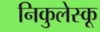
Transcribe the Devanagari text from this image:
निकुलेस्कू